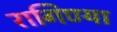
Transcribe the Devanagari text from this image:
रागिण्या